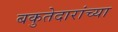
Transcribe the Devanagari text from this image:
बकुतेदारांच्या